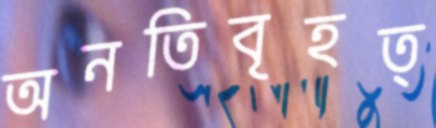
অনতিবৃহত্